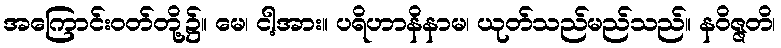
အကြောင်းဝတ်တို့၌။ မေ၊ ငါ့အား။ ပရိဟာနိနာမ၊ ယုတ်သည်မည်သည်။ နဝိဇ္ဇတိ၊